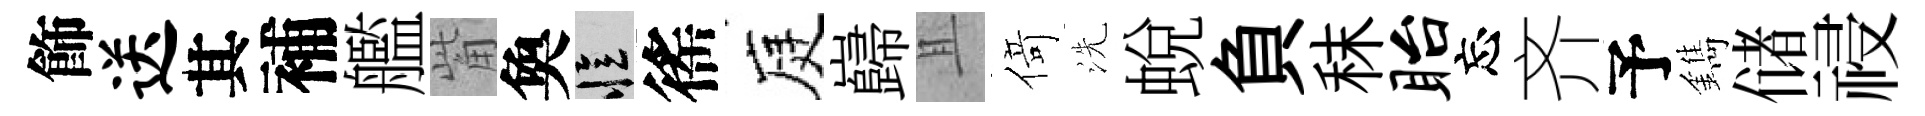
飾送其補艦觜奐忆徭庭巋且𠋣洗蛻負秣眙忘齐予鐫储祲